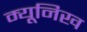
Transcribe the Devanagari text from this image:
म्‍यूनिख